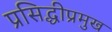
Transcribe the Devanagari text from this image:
प्रसिद्धीप्रमुख